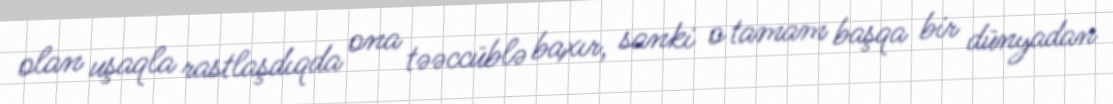
olan uşaqla rastlaşdıqda ona təəccüblə baxır, sanki o tamam başqa bir dünyadan